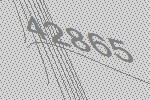
42865